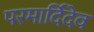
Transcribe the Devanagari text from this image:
परमार्दिदेव